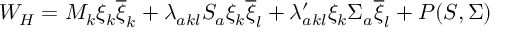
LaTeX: W _ { H } = M _ { k } \xi _ { k } \overline { { { \xi } } } _ { k } + \lambda _ { a k l } S _ { a } \xi _ { k } \overline { { { \xi } } } _ { l } + \lambda _ { a k l } ^ { \prime } \xi _ { k } \Sigma _ { a } \overline { { { \xi } } } _ { l } + P ( S , \Sigma )